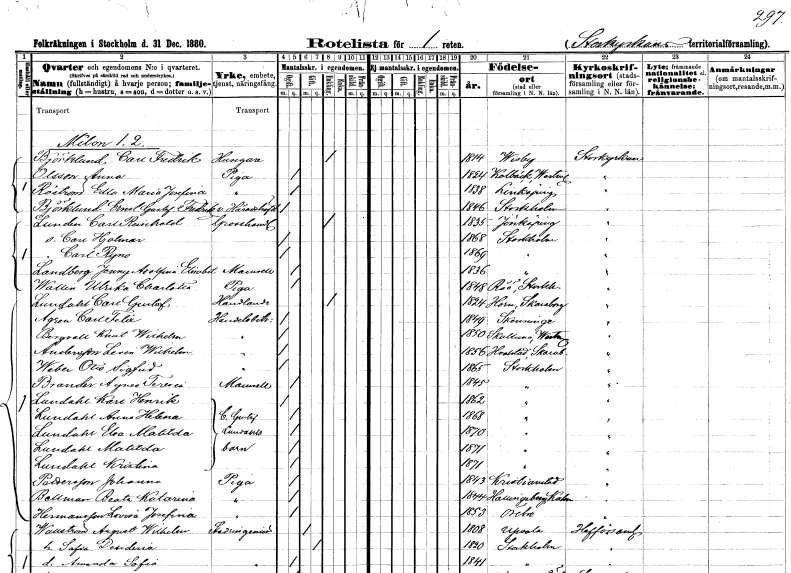
gt_parse: households: individuals: FN: Carl Fredrik
EN: Björklund
YRKE: Husägare
KON: M
CIV: E
FODAR: 1814
FODFORS: Visby Gotlands län
FN: Anna
EN: Olsson
YRKE: Piga
KON: K
CIV: O
FODAR: 1824
FODFORS: Kolbäck Västmanlands län
FN: Edla Maria Josefina
EN: Råström
YRKE: Piga
KON: K
CIV: O
FODAR: 1838
FODFORS: Linköping Östergötlands län
FN: Ernst Gustaf Fredrik
EN: Björklund
YRKE: Häradshövding v.
KON: M
CIV: O
FODAR: 1846
FODFORS: Stockholm
FN: Carl Reinhold
EN: Lundin
YRKE: Grosshandlare
KON: M
CIV: E
FODAR: 1835
FODFORS: Jönköping Jönköpings län
FN: Carl Hjalmar
KON: M
CIV: O
FODAR: 1868
FODFORS: Stockholm
FN: Carl Ryno
KON: M
CIV: O
FODAR: 1869
FODFORS: Stockholm
FN: Jenny Adolfina Elisabet
EN: Landberg
KON: K
CIV: O
FODAR: 1836
FODFORS: Stockholm
FN: Ulrika Charlotta
EN: Wallin
YRKE: Piga
KON: K
CIV: O
FODAR: 1848
FODFORS: Rö Stockholms län
FN: Carl Gustaf
EN: Lundahl
YRKE: Handlande
KON: M
CIV: E
FODAR: 1824
FODFORS: Horn Skaraborgs län
FN: Carl Felix
EN: Ågren
YRKE: Handelsbiträde
KON: M
CIV: O
FODAR: 1849
FODFORS: Skänninge Östergötlands län
FN: Knut Wilhelm
EN: Bergvall
YRKE: Handelsbiträde
KON: M
CIV: O
FODAR: 1850
FODFORS: Skultuna Västmanlands län
FN: Leven Wilhelm
EN: Andersson
YRKE: Handelsbiträde
KON: M
CIV: O
FODAR: 1856
FODFORS: Valstad Skaraborgs län
FN: Otto Sigfrid
EN: Weber
YRKE: Handelsbiträde
KON: M
CIV: O
FODAR: 1865
FODFORS: Stockholm
FN: Agnes Teresia
EN: Brander
KON: K
CIV: O
FODAR: 1845
FODFORS: Stockholm
FN: Karl Henrik
EN: Lundahl
KON: M
CIV: O
FODAR: 1862
FODFORS: Stockholm
FN: Anna Helena
EN: Lundahl
KON: K
CIV: O
FODAR: 1868
FODFORS: Stockholm
FN: Elsa Matilda
EN: Lundahl
KON: K
CIV: O
FODAR: 1870
FODFORS: Stockholm
FN: Matilda
EN: Lundahl
KON: K
CIV: O
FODAR: 1871
FODFORS: Stockholm
FN: Kristina
EN: Lundahl
KON: K
CIV: O
FODAR: 1871
FODFORS: Stockholm
FN: Johanna
EN: Pettersson
YRKE: Piga
KON: K
CIV: O
FODAR: 1843
FODFORS: Kristianstad Kristianstads län
FN: Beata Katarina
EN: Bellman
YRKE: Piga
KON: K
CIV: O
FODAR: 1844
FODFORS: Hallingeberg Kalmar län
FN: Lovisa Josefina
EN: Hermansson
YRKE: Piga
KON: K
CIV: O
FODAR: 1853
FODFORS: Örebro Örebro län